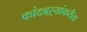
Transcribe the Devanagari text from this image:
कांदबऱ्यांकरीता